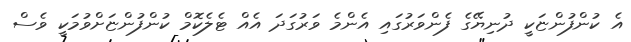
އެ ކުންފުންޏަކީ ދުނިޔޭގެ ފެންވަރުގައި އެންމެ ވަރުގަދަ އެއް ޓެލެކޮމް ކުންފުންޏަށްވުމަކީ ވެސް